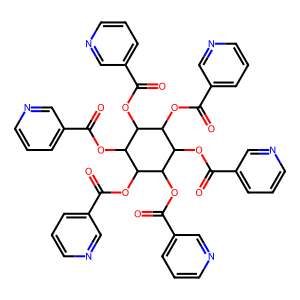
SMILES: O=C(OC1C(OC(=O)c2cccnc2)C(OC(=O)c2cccnc2)C(OC(=O)c2cccnc2)C(OC(=O)c2cccnc2)C1OC(=O)c1cccnc1)c1cccnc1
Inhibits HIV replication: No